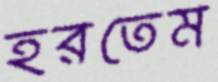
হরতেম